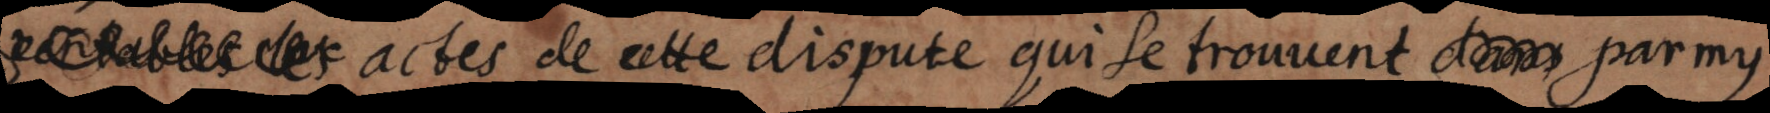
aux actes de cette dispute qui se trouvent parmy